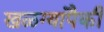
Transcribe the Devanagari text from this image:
खळग्यांपैकी